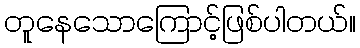
တူနေသောကြောင့်ဖြစ်ပါတယ်။